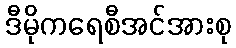
ဒီမိုကရေစီအင်အားစု